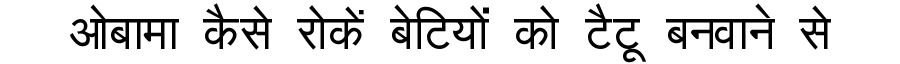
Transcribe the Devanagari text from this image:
ओबामा कैसे रोकें बेटियों को टैटू बनवाने से